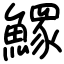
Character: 𩻄